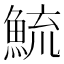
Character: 鯍